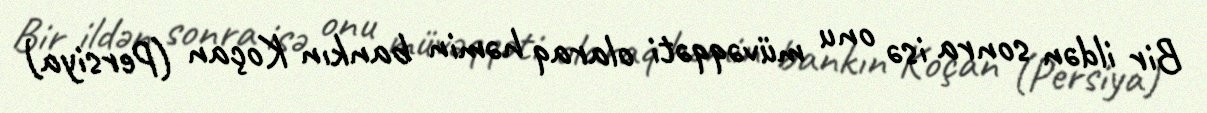
Bir ildən sonra isə onu müvəqqəti olaraq həmin bankın Koçan (Persiya)